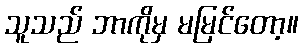
သူသည် ဘာကိုမှ မမြင်တော့။